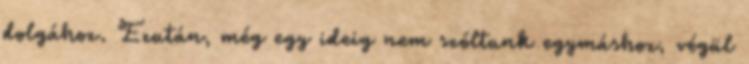
dolgához. Ezután, még egy ideig nem szóltunk egymáshoz, végül